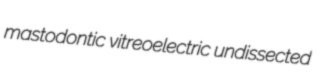
mastodontic vitreoelectric undissected